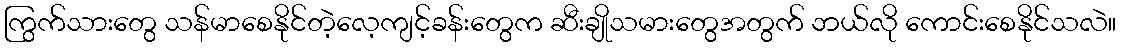
ကြွက်သားတွေ သန်မာစေနိုင်တဲ့လေ့ကျင့်ခန်းတွေက ဆီးချိုသမားတွေအတွက် ဘယ်လို ကောင်းစေနိုင်သလဲ။